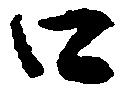
口